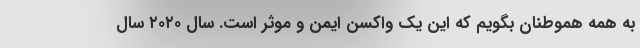
به همه هموطنان بگویم که این یک واکسن ایمن و موثر است. سال ۲۰۲۰ سال